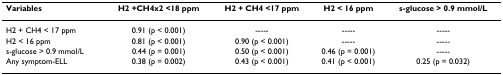
| Variables | H2 +CH4x2 <18 ppm | H2 + CH4 <17 ppm | H2 < 16 ppm | s-glucose > 0.9 mmol/L |
 | --- | --- | --- | --- | --- |
 | H2 + CH4 < 17 ppm | 0.91 (p < 0.001) | ----- | ----- | ----- |
 | H2 < 16 ppm | 0.81 (p < 0.001) | 0.90 (p < 0.001) | ----- | ----- |
 | s-glucose > 0.9 mmol/L | 0.44 (p = 0.001) | 0.50 (p < 0.001) | 0.46 (p = 0.001) | ----- |
 | Any symptom-ELL | 0.38 (p = 0.002) | 0.43 (p < 0.001) | 0.41 (p < 0.001) | 0.25 (p = 0.032) |